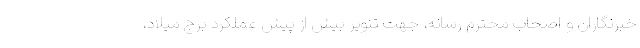
خبرنگاران و اصحاب محترم رسانه، جهت تنوير بيش از پيش عملكرد برج ميلاد،